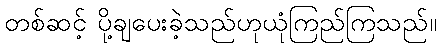
တစ်ဆင့် ပို့ချပေးခဲ့သည်ဟုယုံကြည်ကြသည်။